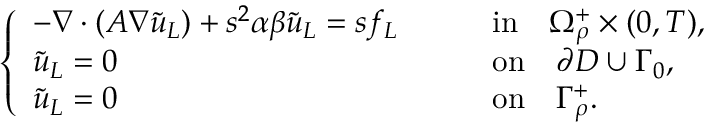
\begin{array} { r } { \left\{ \begin{array} { l l l } { - \nabla \cdot ( A \nabla \tilde { u } _ { L } ) + s ^ { 2 } \alpha \beta \tilde { u } _ { L } = s f _ { L } \quad } & & { \mathrm { i n } \quad \Omega _ { \rho } ^ { + } \times ( 0 , T ) , } \\ { \tilde { u } _ { L } = 0 \quad } & & { \mathrm { o n } \quad \partial D \cup \Gamma _ { 0 } , } \\ { \tilde { u } _ { L } = 0 \quad } & & { \mathrm { o n } \quad \Gamma _ { \rho } ^ { + } . } \end{array} \right. } \end{array}